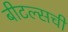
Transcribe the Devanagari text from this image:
बीटल्सची